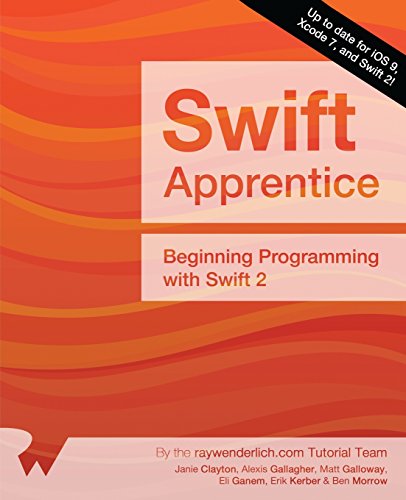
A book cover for The Swift Apprentice: Beginning Programming with Swift 2; Janie Clayton; Computers & Technology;